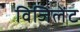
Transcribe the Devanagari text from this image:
विजिलेंट